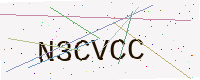
Text: N3CVCC